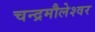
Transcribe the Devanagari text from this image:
चन्द्रमौलेश्वर